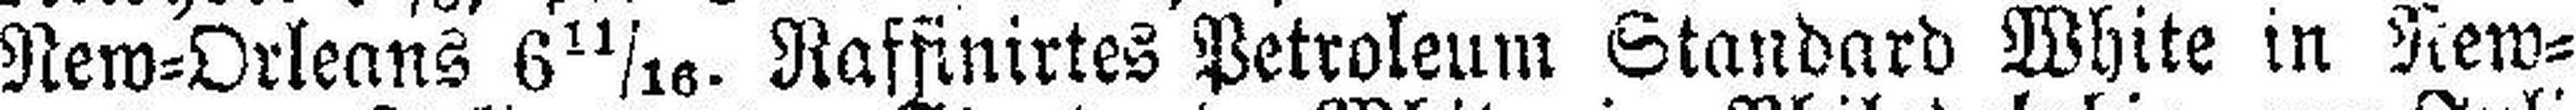
New=Orleans 6 11/16. Raffinirtes Petroleum Standard White in New¬